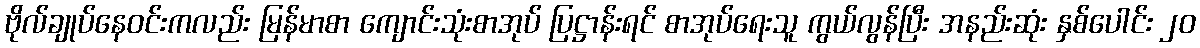
ဗိုလ်ချုပ်နေဝင်းကလည်း မြန်မာစာ ကျောင်းသုံးစာအုပ် ပြဋ္ဌာန်းရင် စာအုပ်ရေးသူ ကွယ်လွန်ပြီး အနည်းဆုံး နှစ်ပေါင်း ၂ဝ